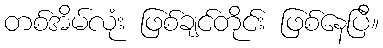
တစ်အိမ်လုံး ဖြစ်ချင်တိုင်း ဖြစ်နေပြီ။